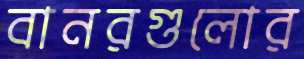
বানরগুলোর